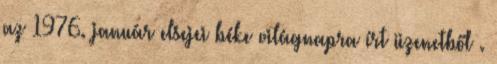
az 1976. január elsejei béke világnapra írt üzenetből .